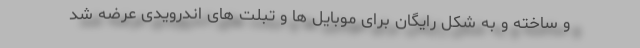
و ساخته و به شکل رایگان برای موبایل ها و تبلت های اندرویدی عرضه شد